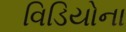
વિડિયોના